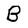
Character: B